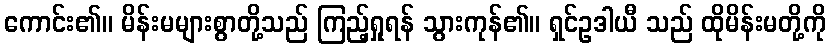
ကောင်း၏။ မိန်းမများစွာတို့သည် ကြည့်ရှုရန် သွားကုန်၏။ ရှင်ဥဒါယီ သည် ထိုမိန်းမတို့ကို